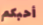
أحبكم